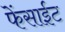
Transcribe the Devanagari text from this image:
फेंसाईट